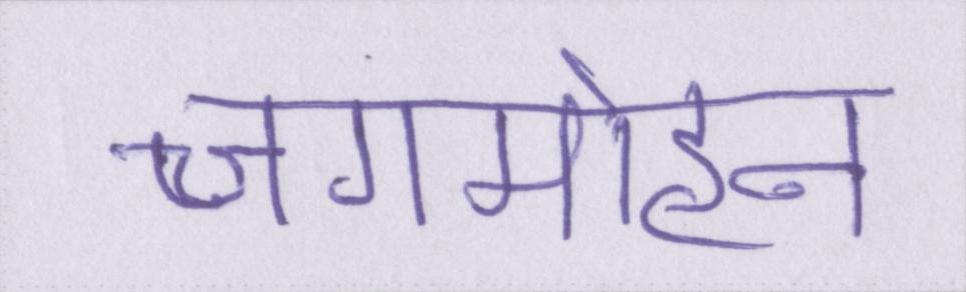
जगमोहन